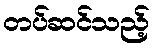
တပ်ဆင်သည့်